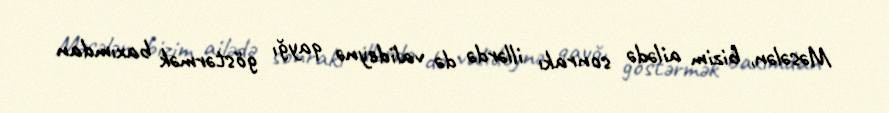
Məsələn, bizim ailədə sonrakı illərdə də valideynə qayğı göstərmək baxımdan